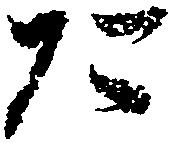
た